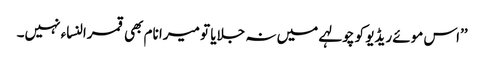
’’اس موئے ریڈیو کو چولہے میں نہ جلایا تو میرا نام بھی قمرالنساء نہیں۔